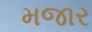
મજાર